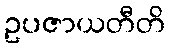
ဥပဇာယတီတိ